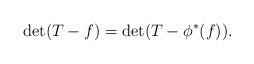
LaTeX: \begin{align*}\det(T-f) = \det(T-\phi^*(f)).\end{align*}